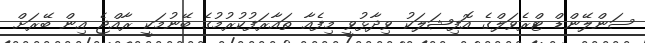
ސަންލޭންޑް ޓްރެވަލްގެ އޮފިޝަލަކު ވިދާޅުވީ މިފެއާ ތައާރަފުކުރުމުގެ ބޭނުމަކީ ރާއްޖެ އިން ބޭރަށް